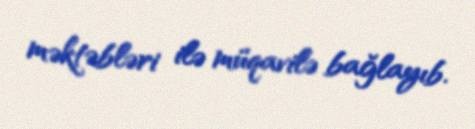
məktəbləri ilə müqavilə bağlayıb.